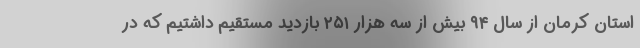
استان کرمان از سال ۹۴ بیش از سه هزار ۲۵۱ بازدید مستقیم داشتیم که در